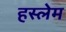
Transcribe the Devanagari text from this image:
हस्लेम